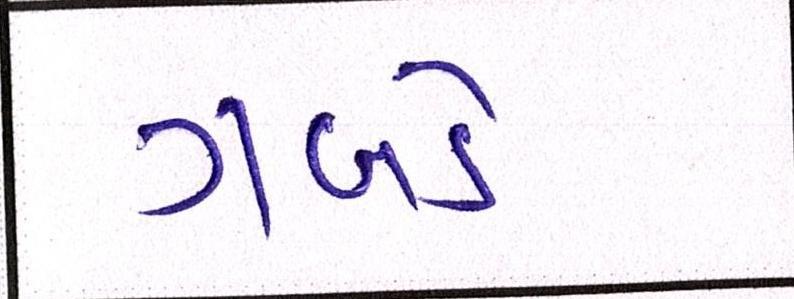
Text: ગબડે